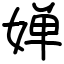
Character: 婵